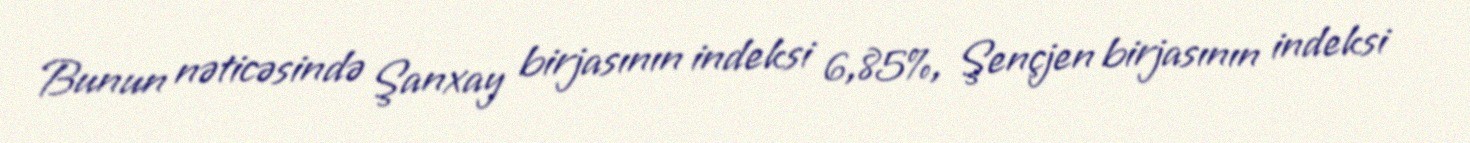
Bunun nəticəsində Şanxay birjasının indeksi 6,85%, Şençjen birjasının indeksi